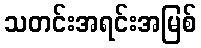
သတင်းအရင်းအမြစ်